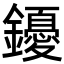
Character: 䥳